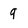
Character: 9